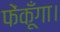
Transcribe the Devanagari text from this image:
फेंकूँगा।